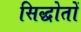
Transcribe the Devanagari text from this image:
सिद्धोतों